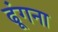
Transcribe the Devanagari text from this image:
ढूंगना